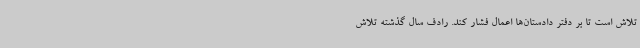
تلاش است تا بر دفتر دادستان‌ها اعمال فشار کند. رادف سال گذشته تلاش